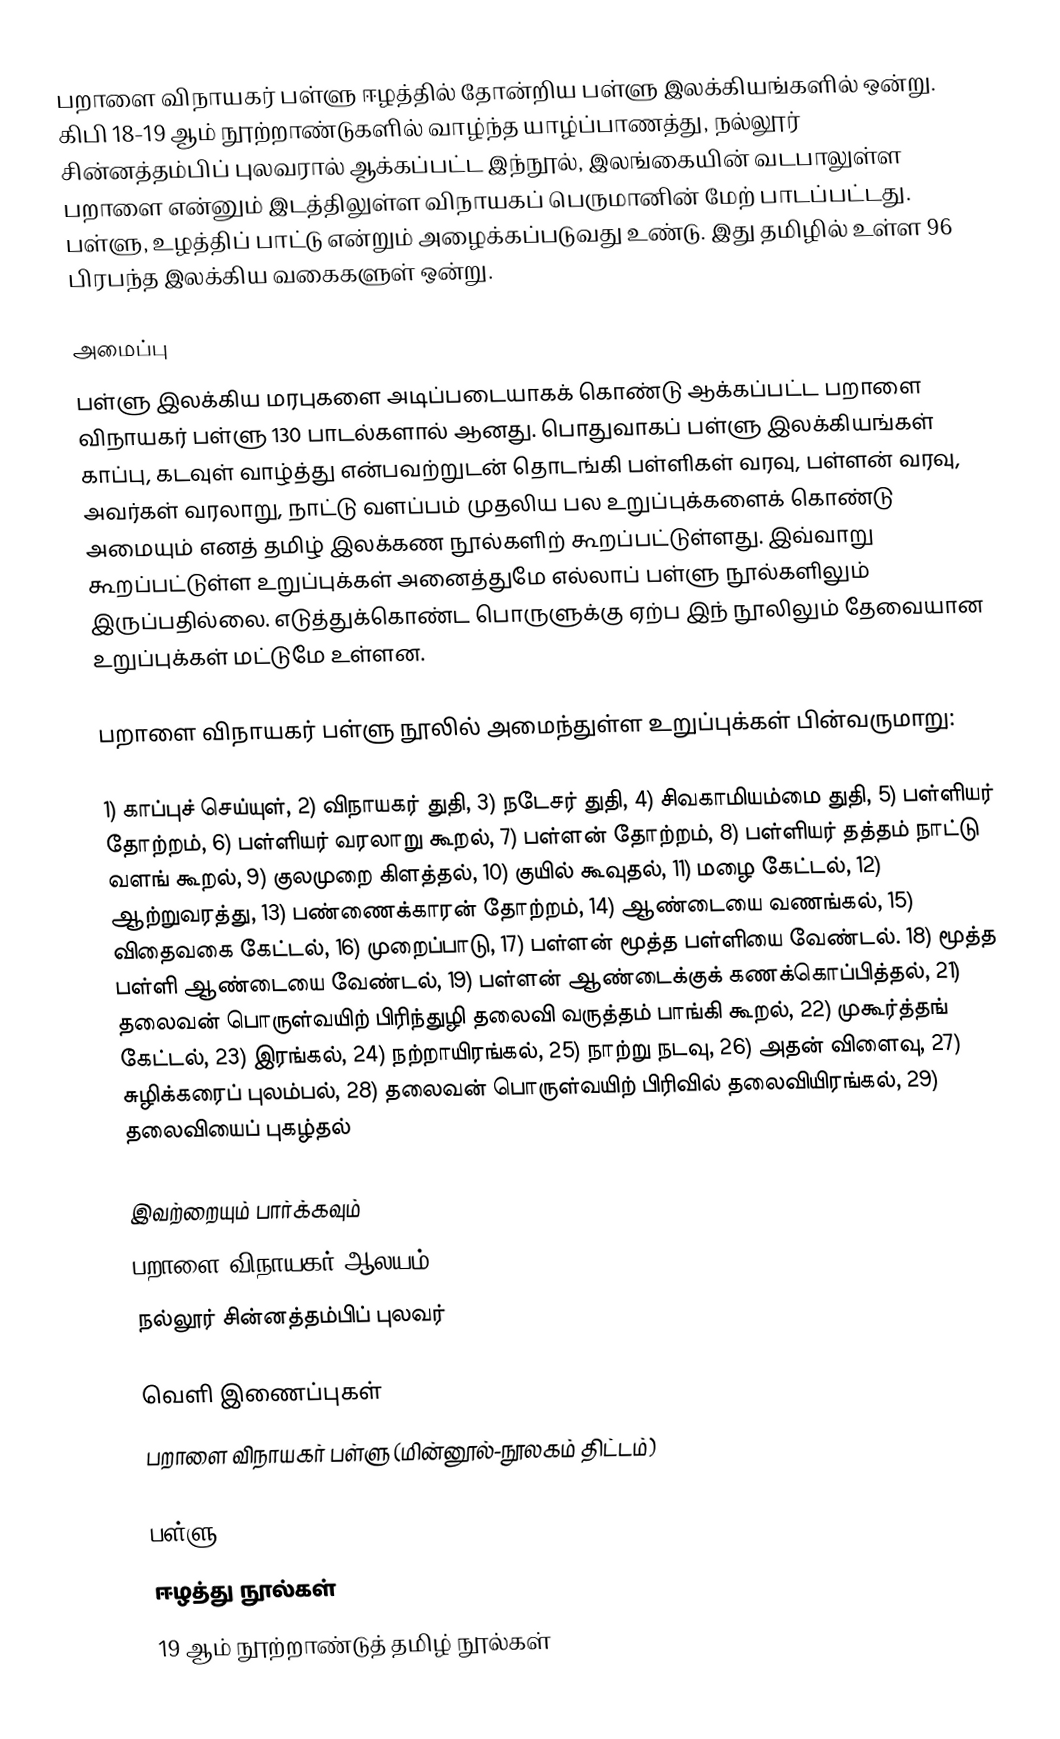
பறாளை விநாயகர் பள்ளு ஈழத்தில் தோன்றிய பள்ளு இலக்கியங்களில் ஒன்று. கிபி 18-19 ஆம் நூற்றாண்டுகளில் வாழ்ந்த யாழ்ப்பாணத்து, நல்லூர் சின்னத்தம்பிப் புலவரால் ஆக்கப்பட்ட இந்நூல், இலங்கையின் வடபாலுள்ள பறாளை என்னும் இடத்திலுள்ள விநாயகப் பெருமானின் மேற் பாடப்பட்டது. பள்ளு, உழத்திப் பாட்டு என்றும் அழைக்கப்படுவது உண்டு. இது தமிழில் உள்ள 96 பிரபந்த இலக்கிய வகைகளுள் ஒன்று.

அமைப்பு
பள்ளு இலக்கிய மரபுகளை அடிப்படையாகக் கொண்டு ஆக்கப்பட்ட பறாளை விநாயகர் பள்ளு 130 பாடல்களால் ஆனது. பொதுவாகப் பள்ளு இலக்கியங்கள் காப்பு, கடவுள் வாழ்த்து என்பவற்றுடன் தொடங்கி பள்ளிகள் வரவு, பள்ளன் வரவு, அவர்கள் வரலாறு, நாட்டு வளப்பம் முதலிய பல உறுப்புக்களைக் கொண்டு அமையும் எனத் தமிழ் இலக்கண நூல்களிற் கூறப்பட்டுள்ளது. இவ்வாறு கூறப்பட்டுள்ள உறுப்புக்கள் அனைத்துமே எல்லாப் பள்ளு நூல்களிலும் இருப்பதில்லை. எடுத்துக்கொண்ட பொருளுக்கு ஏற்ப இந் நூலிலும் தேவையான உறுப்புக்கள் மட்டுமே உள்ளன.

பறாளை விநாயகர் பள்ளு நூலில் அமைந்துள்ள உறுப்புக்கள் பின்வருமாறு:

 1) காப்புச் செய்யுள், 2) விநாயகர் துதி, 3) நடேசர் துதி, 4) சிவகாமியம்மை துதி, 5) பள்ளியர் தோற்றம், 6) பள்ளியர் வரலாறு கூறல், 7) பள்ளன் தோற்றம், 8) பள்ளியர் தத்தம் நாட்டு வளங் கூறல், 9) குலமுறை கிளத்தல், 10) குயில் கூவுதல், 11) மழை கேட்டல், 12) ஆற்றுவரத்து, 13) பண்ணைக்காரன் தோற்றம், 14) ஆண்டையை வணங்கல், 15) விதைவகை கேட்டல், 16) முறைப்பாடு, 17) பள்ளன் மூத்த பள்ளியை வேண்டல். 18) மூத்த பள்ளி ஆண்டையை வேண்டல், 19) பள்ளன் ஆண்டைக்குக் கணக்கொப்பித்தல், 21) தலைவன் பொருள்வயிற் பிரிந்துழி தலைவி வருத்தம் பாங்கி கூறல், 22) முகூர்த்தங் கேட்டல், 23) இரங்கல், 24) நற்றாயிரங்கல், 25) நாற்று நடவு, 26) அதன் விளைவு, 27) சுழிக்கரைப் புலம்பல், 28) தலைவன் பொருள்வயிற் பிரிவில் தலைவியிரங்கல், 29) தலைவியைப் புகழ்தல்

இவற்றையும் பார்க்கவும்
பறாளை விநாயகர் ஆலயம்
நல்லூர் சின்னத்தம்பிப் புலவர்

வெளி இணைப்புகள்
 பறாளை விநாயகர் பள்ளு (மின்னூல்-நூலகம் திட்டம்)

பள்ளு
ஈழத்து நூல்கள்
19 ஆம் நூற்றாண்டுத் தமிழ் நூல்கள்